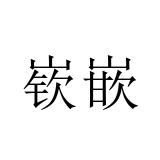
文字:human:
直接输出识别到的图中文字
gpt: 嵚嵌